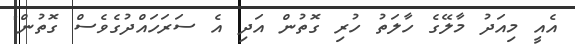
އެއީ މިއަދު މާލޭގެ ހާލަތު ހުރި ގޮތުން އަދި އެ ސަރަހައްދުގެވެސް ގޮތުން"